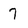
Character: 7